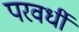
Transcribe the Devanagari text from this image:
परवर्धी